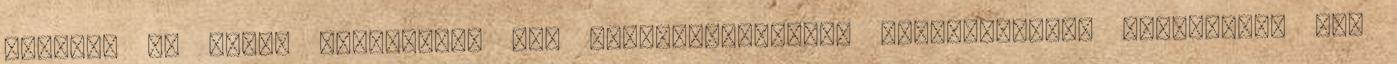
hőfokát és annak változását is. Helyválasztásunk szempontjából elsősorban azt